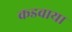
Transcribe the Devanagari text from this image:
कडवाया